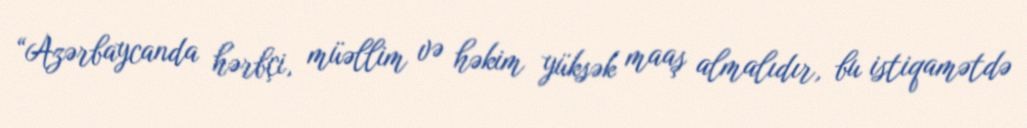
“Azərbaycanda hərbçi, müəllim və həkim yüksək maaş almalıdır, bu istiqamətdə